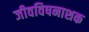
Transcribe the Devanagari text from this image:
जीवविषनाशक